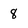
Character: 8